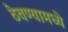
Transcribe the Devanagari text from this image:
ठेवण्यामध्ये